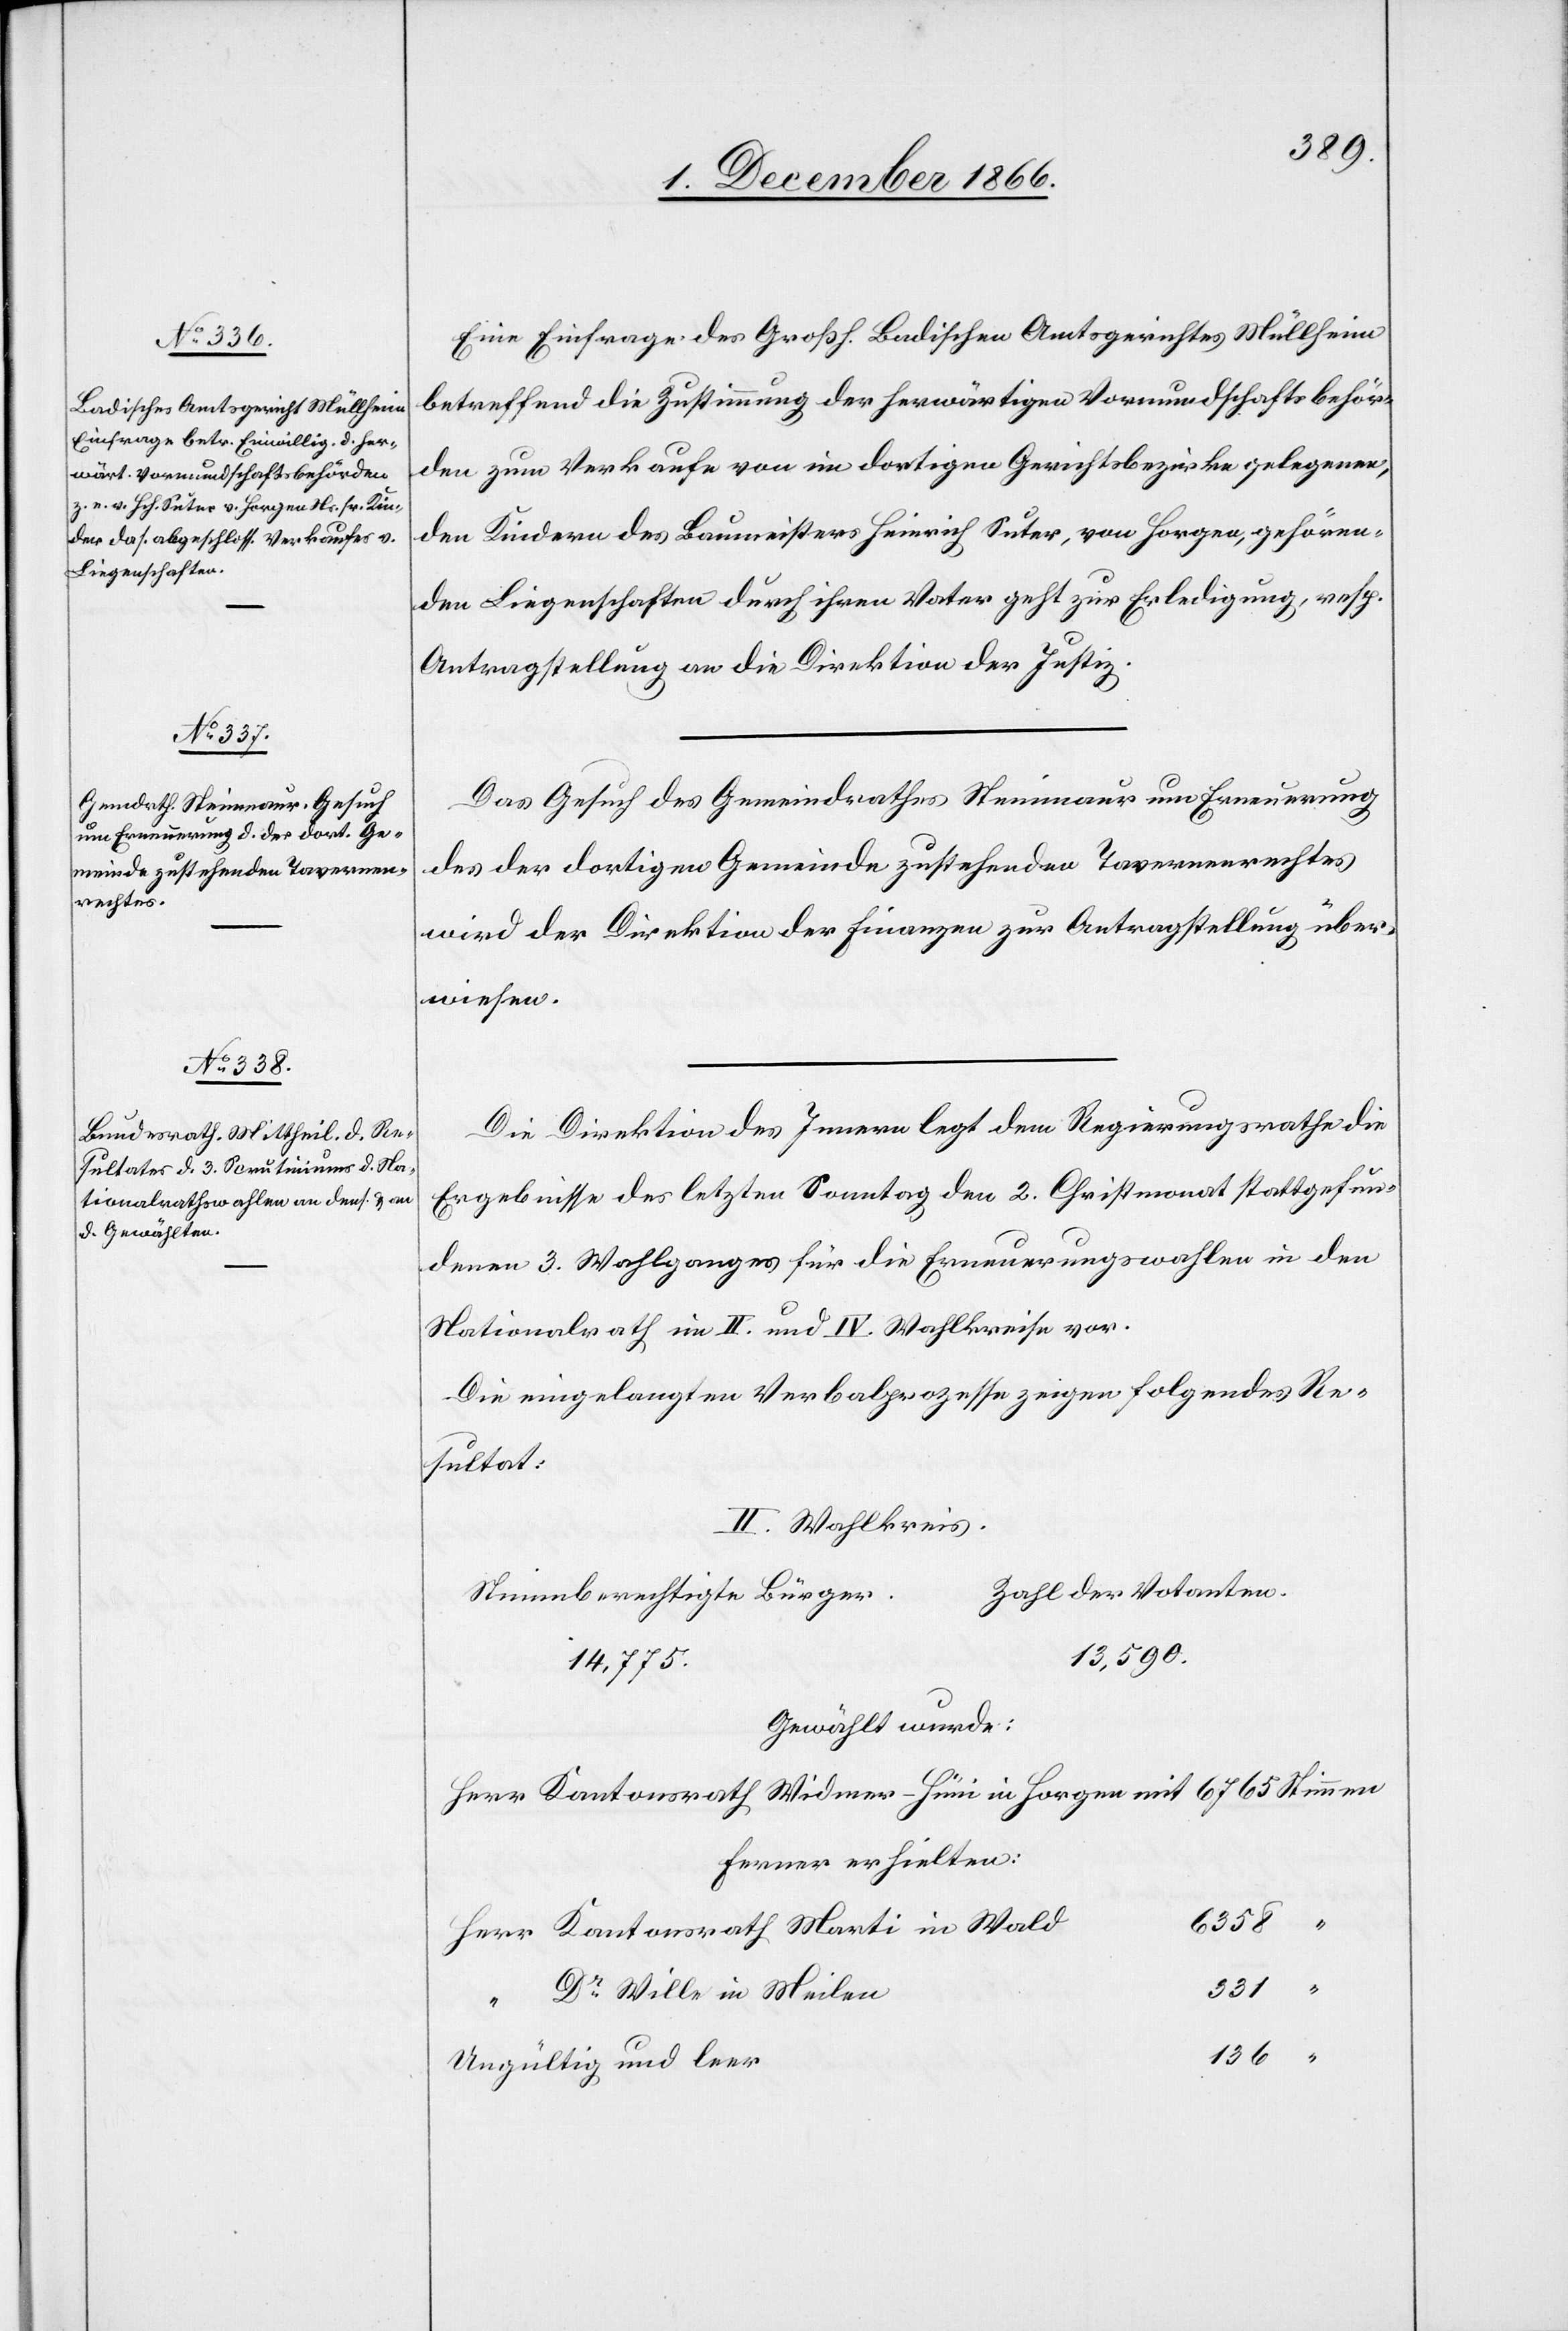
5. Dezember 1866.]
Eine Einfrage des Großh. Badischen Amtsgerichtes Müllheim
betreffend die Zustimmung der herwärtigen Vormundschaftsbehör¬
den zum Verkaufe von im dortigen Gerichtsbezirke gelegenen,
den Kindern des Baumeisters Heinrich Suter, von Horgen, gehören¬
den Liegenschaften durch ihren Vater geht zur Erledigung, resp.
Antragstellung an die Direktion der Justiz.
Das Gesuch des Gemeindrathes Steinmaur um Erneuerung
des der dortigen Gemeinde zustehenden Tavernenrechtes
wird der Direktion der Finanzen zur Antragstellung über¬
wiesen.
Die Direktion des Innern legt dem Regierungsrathe die
Ergebnisse des letzten Sonntag den 2. Christmonat stattgefun¬
denen 3. Wahlganges für die Erneuerungswahlen in den
Nationalrath im II. und IV. Wahlkreise vor.
Die eingelangten Verbalprozesse zeigen folgendes Re¬
sultat:
II. Wahlkreis
Zahl der Votanten.
Stimmberechtigte Bürger.
13 590.
14 775.
Gewählt wurde:
ferner erhielten:
“
6358
Kantonsrath Marti in Wald
331
Dr. Wille in Meilen
Herr
Ungültig und leer